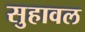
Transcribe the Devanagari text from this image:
सुहावल